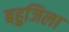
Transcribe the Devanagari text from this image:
बहुजिला